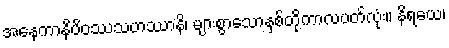
အနေကာနိပိဝဿသဟဿာနိ၊ များစွာသောနှစ်တို့ကာလပတ်လုံး။ နိရယေ၊